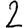
Digit: 2